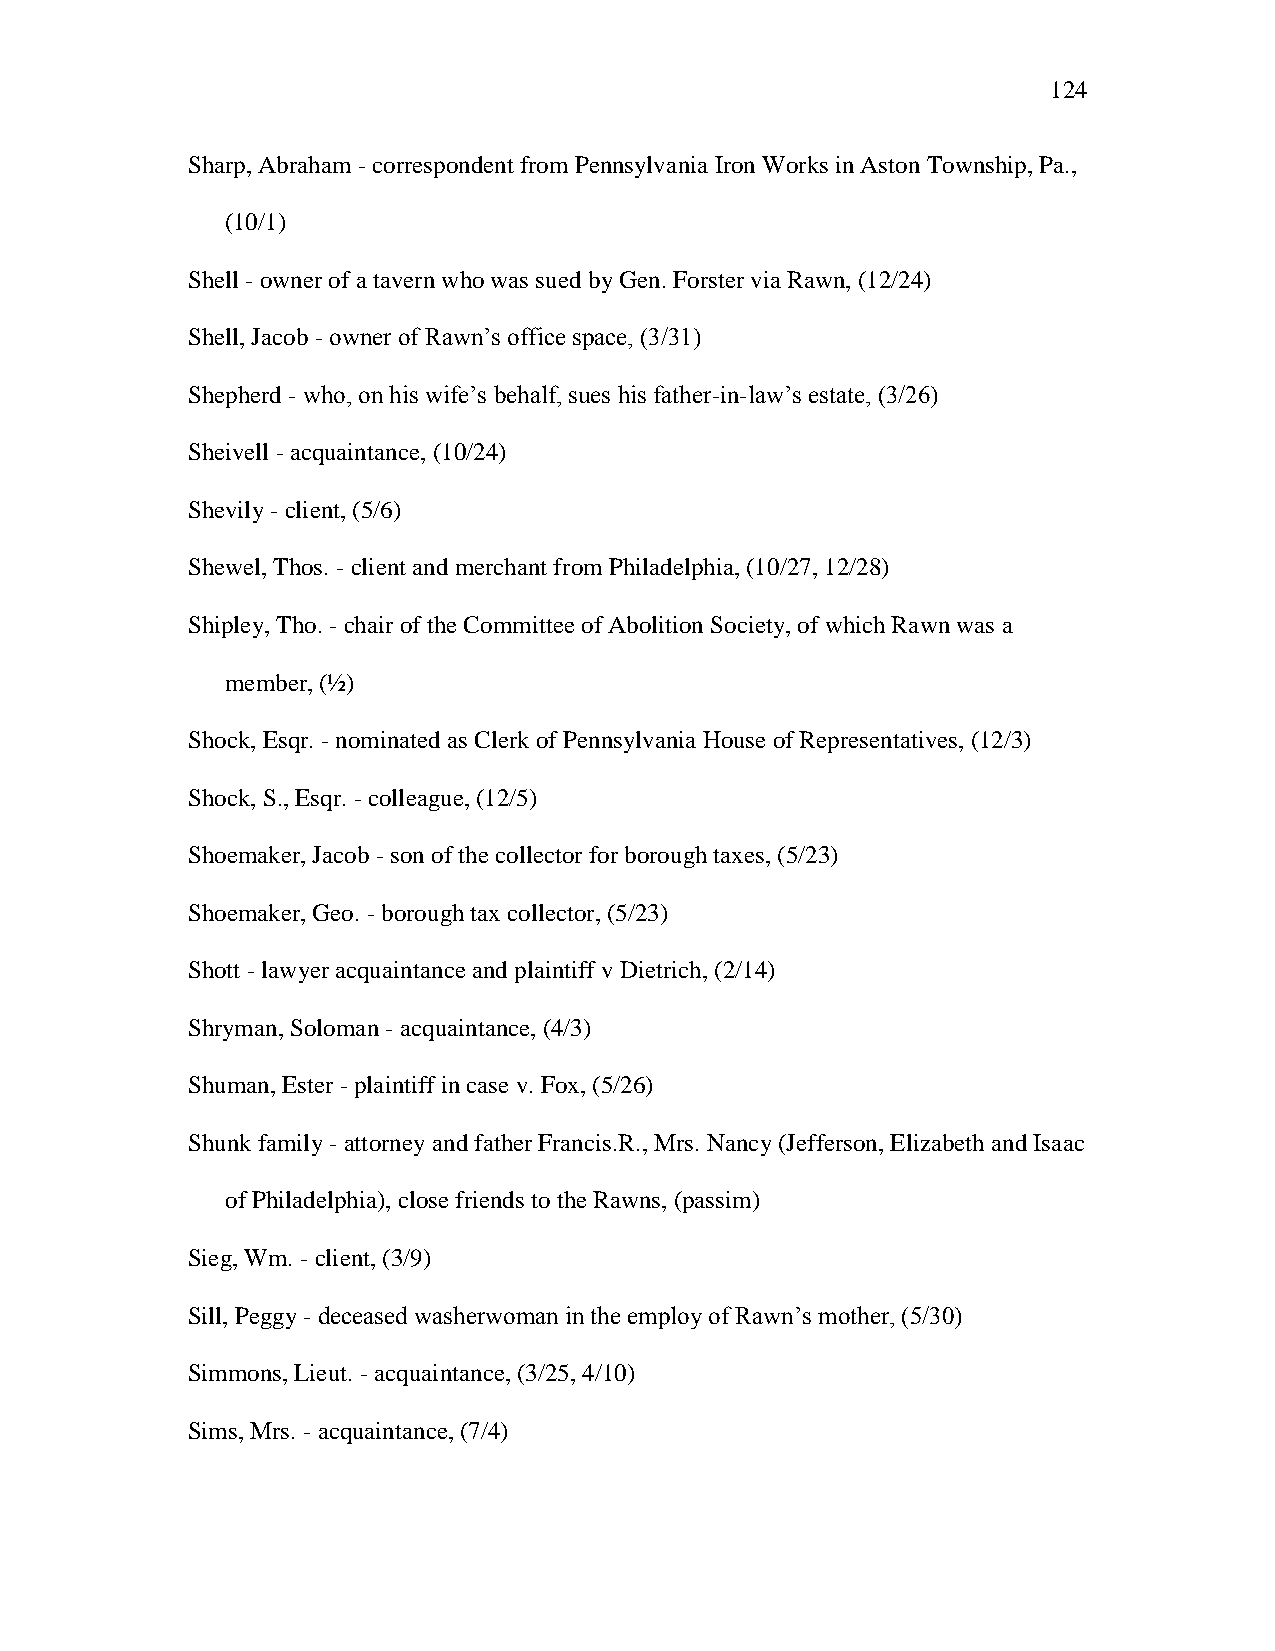
124
 Sharp, Abraham - correspondent from Pennsylvania Iron Works in Aston Township, Pa.,
 (10/1)
 Shell - owner of a tavern who was sued by Gen. Forster via Rawn, (12/24)
 Shell, Jacob - owner of Rawn‘s office space, (3/31)
 Shepherd - who, on his wife‘s behalf, sues his father-in-law‘s estate, (3/26)
 Sheivell - acquaintance, (10/24)
 Shevily - client, (5/6)
 Shewel, Thos. - client and merchant from Philadelphia, (10/27, 12/28)
 Shipley, Tho. - chair of the Committee of Abolition Society, of which Rawn was a
 member, (½)
 Shock, Esqr. - nominated as Clerk of Pennsylvania House of Representatives, (12/3)
 Shock, S., Esqr. - colleague, (12/5)
 Shoemaker, Jacob - son of the collector for borough taxes, (5/23)
 Shoemaker, Geo. - borough tax collector, (5/23)
 Shott - lawyer acquaintance and plaintiff v Dietrich, (2/14)
 Shryman, Soloman - acquaintance, (4/3)
 Shuman, Ester - plaintiff in case v. Fox, (5/26)
 Shunk family - attorney and father Francis.R., Mrs. Nancy (Jefferson, Elizabeth and Isaac
 of Philadelphia), close friends to the Rawns, (passim)
 Sieg, Wm. - client, (3/9)
 Sill, Peggy - deceased washerwoman in the employ of Rawn‘s mother, (5/30)
 Simmons, Lieut. - acquaintance, (3/25, 4/10)
 Sims, Mrs. - acquaintance, (7/4)